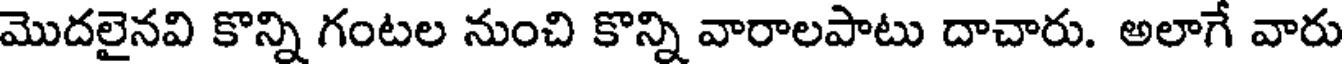
మొదలైనవి కొన్ని గంటల నుంచి కొన్ని వారాలపాటు దాచారు. అలాగే వారు